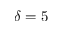
\delta = 5